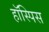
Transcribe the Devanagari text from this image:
हॉस्पिस